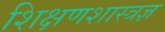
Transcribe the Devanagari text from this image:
शिक्षणशास्त्रज्ञ